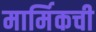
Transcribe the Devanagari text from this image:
मार्मिकची